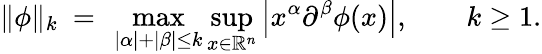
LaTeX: \| \phi\| _{k}~=~\operatorname*{max}_{|\alpha|+|\beta|\leq k}\operatorname*{sup}_{x\in\mathbb{R}^{n}}\left|x^{\alpha}\partial^{\beta}\phi(x)\right|,\qquad k\geq 1.